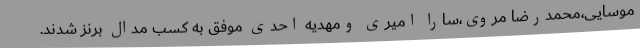
موسایی،محمدرضا مروی،سارا امیری ومهدیه احدی موفق به کسب مدال برنز شدند.